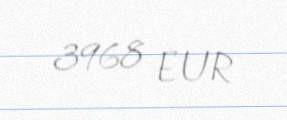
3968 EUR